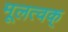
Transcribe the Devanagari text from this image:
मूलत्वक्